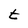
Character: t